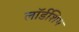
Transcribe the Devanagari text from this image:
लॉर्डशिप